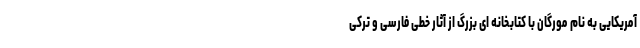
آمریکایی به نام مورگان با کتابخانه ای بزرگ از آثار خطی فارسی و ترکی